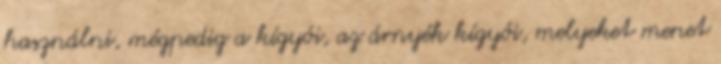
használni, mégpedig a kígyói, az árnyék kígyói, melyeket menet